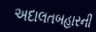
અદાલતબહારની